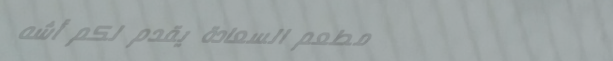
مطعم السعادة يقدم لكم أشه